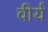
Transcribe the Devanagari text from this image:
वीर्यं